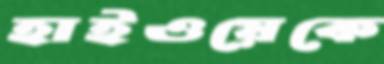
হাইওয়েকে